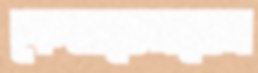
কেলডেরনের